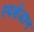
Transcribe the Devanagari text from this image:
स्‍पर्शज्ञान